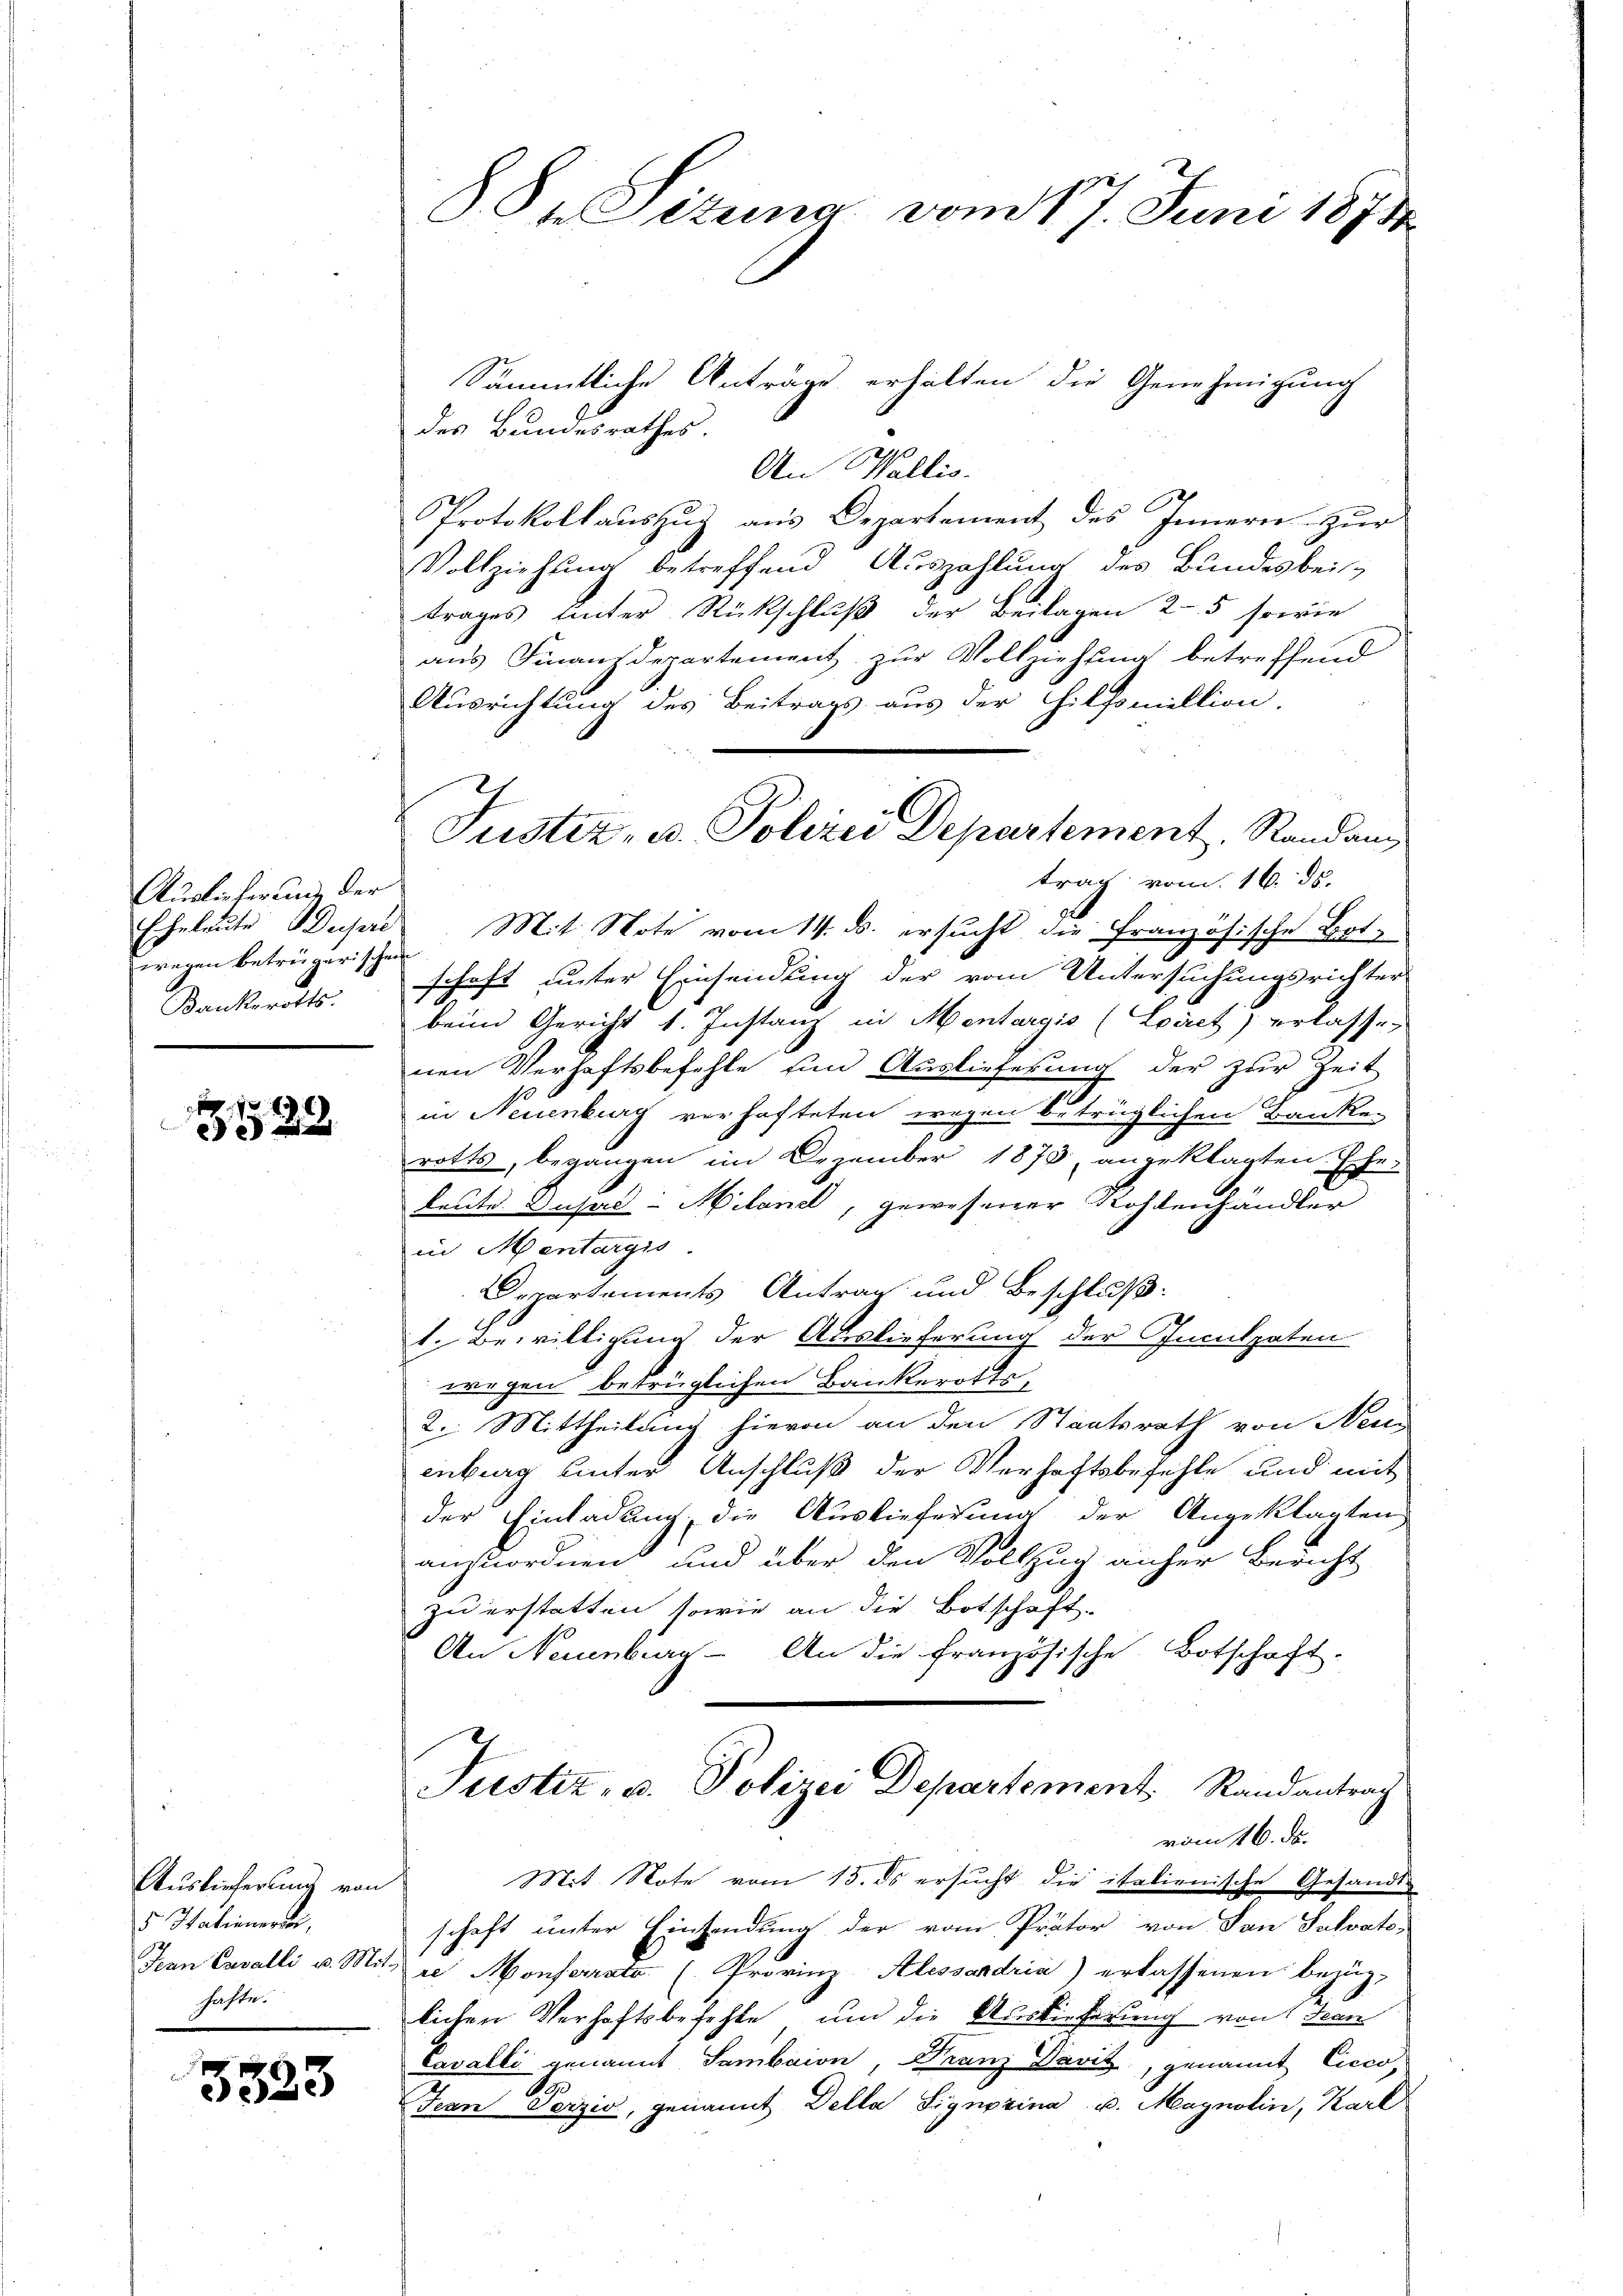
Auslieferung der
wregen betrügerischen
Bankerotts.

322

Auslieferung von
5 Hatieren,
hahte.

3323

8Sn Situng vom 17. Juni 1871

Sämmtliche Anträge erhalten die Genehmigung
des Bundesrathes.
An Wallis.
Protokollauszug aus Departement des Innern Zur
Vollziehung betreffend Auszahlung des Bundesbeitrages unter Rückschluß der Beilagen 25 sowie
aus Finanzdepartement zur Vollziehung betreffend
Ausrichtung des Beitrags aus der Hilfsmillion.
trag vom 16. ds.
Eheleute Dupre Mit Note vom 14. ds. ersucht die Französische Botschaft unter Einsendung der vom Untersuchungsrichter
beim Gericht 1. Instanz in Mentargio (Liret erlassen
nen Verhaftsbefehle um Auslieferung der zur Zeit
in Neuenburg verhafteten wegen betrüglichen Banke-
rotts, begangen im Dezember 1873, angeklagten Ehe-
leute Busad-Miland, gewesener Kohlenhändler
in Mentargis
Departements Antrag und Beschluß:
1. Bewilligung der Auslieferung der Inculpaten
wegen betrüglichen Bankerotts¬
2. Mittheilung hievon an den Staatsrath von Neu
enburg unter Anschluß der Verhaftsbefehle und mit
der Einladung die Auslieferung der Angeklagten
anzuordnen und über den Vollzug anher Bericht
zu erstatten, sowie an die Botschaft-
An Neuenburg - An die französische Botschaft-
Justiz, u. Polizei Departement Randantrag
vom 16. d.
Mit. Note vom 15. ds ersucht die italienische Gesandte
schaft unter Einsendung der vom Prätor von San Salvats-
Jean Cavalli u. Mit de Monferrate (Provinz-Alesserdria) erlassenen bezüg-
lichen Verhaftsbefehle um die Auslieferung von Jean
Cavalli genannt Sambaion, Franz Vavit, genannt Cicco,
19
Jean Perzio, genannt Della Signerina u. Magnolin, Karl

Justiz- u. Polizei Departement, Randan¬